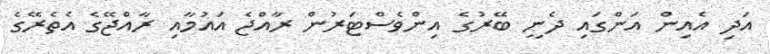
އަދި އެއިން އަންގައި ދެނީ ބޭރުގެ އިންވެސްޓަރުން ރާއްޖެ އައުމާއި ރާއްޖޭގެ އެތެރޭގެ